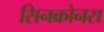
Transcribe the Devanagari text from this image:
सिनक्रोनस